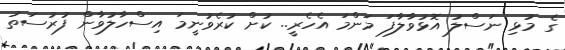
ގެ މުޅި ނަސްލު އޮޅުވާލާފަ މަންމަ އެހެރީ.. ކުށް ކުރެވުނީމަ އިސްހާލުވާން ފުރުސަތު